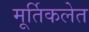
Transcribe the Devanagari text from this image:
मूर्तिकलेत